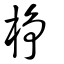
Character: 棦